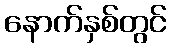
နောက်နှစ်တွင်